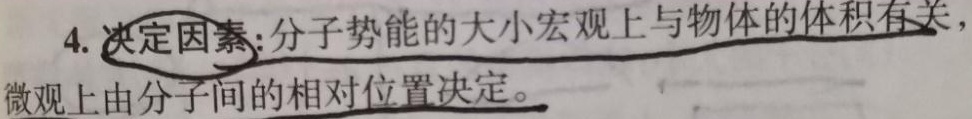
4. 决定因素：分子势能的大小宏观上与物体的体积有关，微观上由分子间的相对位置决定。